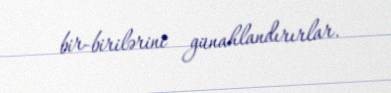
bir-birilərini günahlandırırlar.